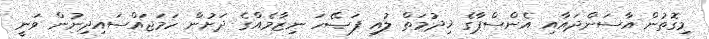
މިގޮތުން އާސަންދައާއި އެންސްޕާގެ ޚިދުމަތް ލުއި ފަޞޭހަ ނިޒާމެއްގެ ދަށުން ހަމަޖައްސައިދިނުން ވަނީ